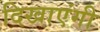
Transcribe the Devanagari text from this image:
दिखाएंगी